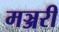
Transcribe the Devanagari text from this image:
मञ्जरी